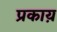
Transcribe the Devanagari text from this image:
प्रकाय़